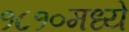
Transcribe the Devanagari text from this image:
१८१०मध्ये